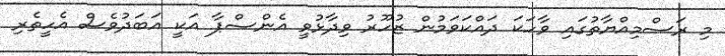
މި ރަސްމިއްޔާތުގައި ވާހަކަ ދައްކަވަމުން ޒުހޫރު ވިދާޅުވީ އެންސްޕާ އަކީ އަބަދުވެސް އެހީތެރި